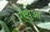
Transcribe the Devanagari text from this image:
रह्थुआ